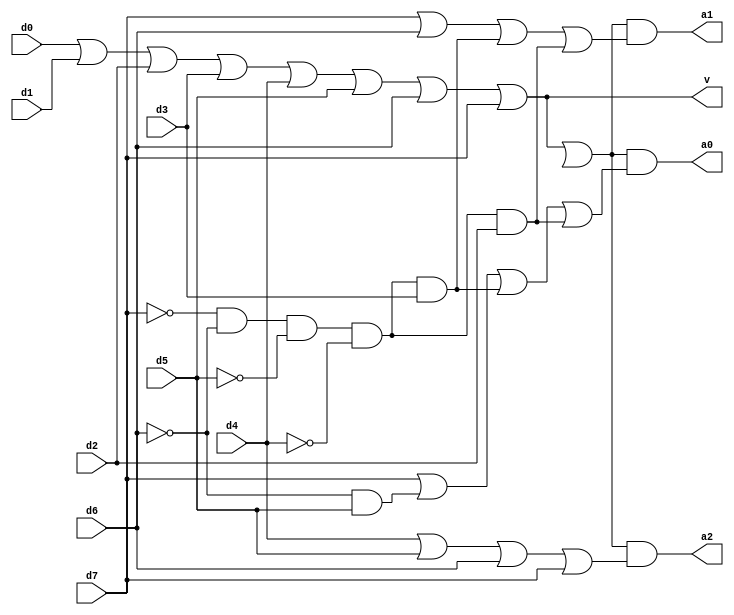
`timescale 1ns / 1ps
//////////////////////////////////////////////////////////////////////////////////
// Company: 
// Engineer: 
// 
// Create Date:
// Design Name: 
// Module Name:    Encoder_8x3 
// Project Name: 
// Target Devices: 
// Tool versions: 
// Description: 
//
// Dependencies: 
//
// Revision: 
// Revision 0.01 - File Created
// Additional Comments: 
//
//////////////////////////////////////////////////////////////////////////////////
module Encoder8x3(d0,d1,d2,d3,d4,d5,d6,d7,a0,a1,a2, v);

    input d0,d1,d2,d3,d4,d5,d6,d7;
    output a2,a1,a0,v;

    wire tempa0, tempa1, tempa2;

    wire vx;

    not(nd0, d0);
    not(nd1, d1);
    not(nd2, d2);
    not(nd3, d3);
    not(nd4, d4);
    not(nd5, d5);
    not(nd6, d6);
    not(nd7, d7);

    or(v, d0,d1,d2,d3,d4,d5,d6,d7);
    or(vx, v, 1'bx);

    or(tempa2, d4, d5, d6, d7);
    or(tempa1, d7, d6, (nd7&nd6&nd5&nd4)&d3, (nd7&nd6&nd5&nd4)&d2);
    or(tempa0, d7, nd6&d5, nd7&nd6&nd5&nd4&d3, nd7&nd6&nd5&nd4&d2);

    and(a0, vx, tempa0);
    and(a1, vx, tempa1);
    and(a2, vx, tempa2);


    
endmodule